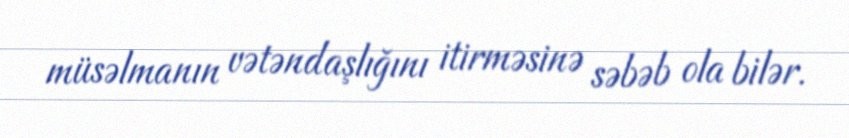
müsəlmanın vətəndaşlığını itirməsinə səbəb ola bilər.